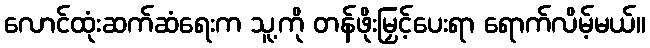
လောင်ထုံးဆက်ဆံရေးက သူ့ကို တန်ဖိုးမြှင့်ပေးရာ ရောက်လိမ့်မယ်။